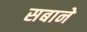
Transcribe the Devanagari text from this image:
सबाने